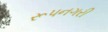
રૂપનગરી